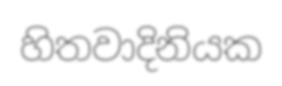
හිතවාදිනියක